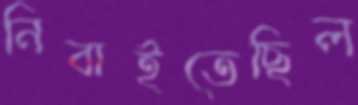
নিবাইতেছিল